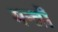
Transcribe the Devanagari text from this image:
मन्त्रौं